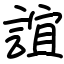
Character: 誼